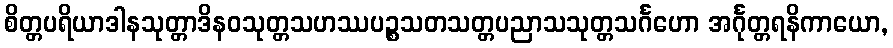
စိတ္တပရိယာဒါနသုတ္တာဒိနဝသုတ္တသဟဿပဉ္စသတသတ္တပညာသသုတ္တသင်္ဂဟော အင်္ဂုတ္တရနိကာယော,